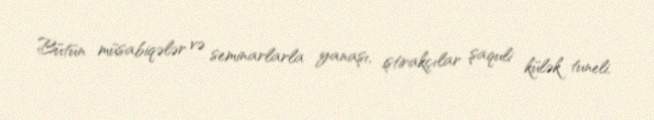
Bütün müsabiqələr və seminarlarla yanaşı, iştirakçılar şaquli külək tuneli,